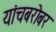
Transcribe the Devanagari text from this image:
यांचबरोबर